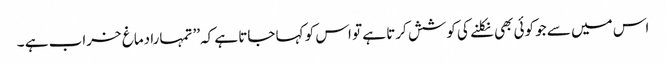
اس میں سے جو کوئی بھی نکلنے کی کوشش کرتا ہے تو اس کو کہا جاتا ہے کہ’’ تمہارا دماغ خراب ہے ۔